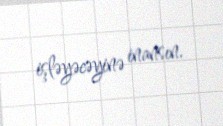
işləyəcəyinə inansın.